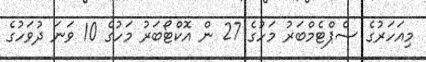
މިއަހަރުގެ ސެޕްޓެމްބަރު މަހުގެ 27 ން އޮކްޓޯބަރު މަހުގެ 10 ވަނަ ދުވަހުގެ